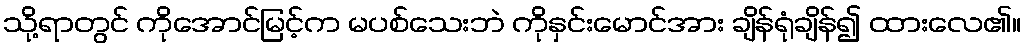
သို့ရာတွင် ကိုအောင်မြင့်က မပစ်သေးဘဲ ကိုနှင်းမောင်အား ချိန်ရုံချိန်၍ ထားလေ၏။